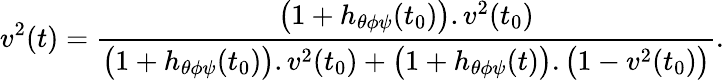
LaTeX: v^{2}(t)=\frac{\bigl(1+h_{\theta\phi\psi}(t_{0})\bigr).v^{2}(t_{0})}{\bigl(1+h_{\theta\phi\psi}(t_{0})\bigr).v^{2}(t_{0})+\bigl(1+h_{\theta\phi\psi}(t)\bigr).\bigl(1-v^{2}(t_{0})\bigr)}.